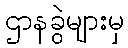
ဌာနခွဲများမှ